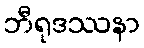
ဘီရုဒဿနာ